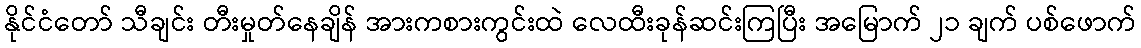
နိုင်ငံတော် သီချင်း တီးမှုတ်နေချိန် အားကစားကွင်းထဲ လေထီးခုန်ဆင်းကြပြီး အမြောက် ၂၁ ချက် ပစ်ဖောက်